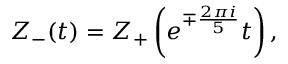
Z _ { - } ( t ) = Z _ { + } \left( e ^ { \mp { \frac { 2 \pi i } { 5 } } } t \right) ,